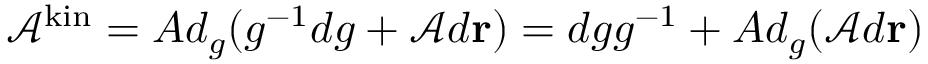
\mathcal { A } ^ { \mathrm { k i n } } = A d _ { g } ( g ^ { - 1 } d g + \mathcal { A } d \mathbf { r } ) = d g g ^ { - 1 } + A d _ { g } ( \mathcal { A } d \mathbf { r } )